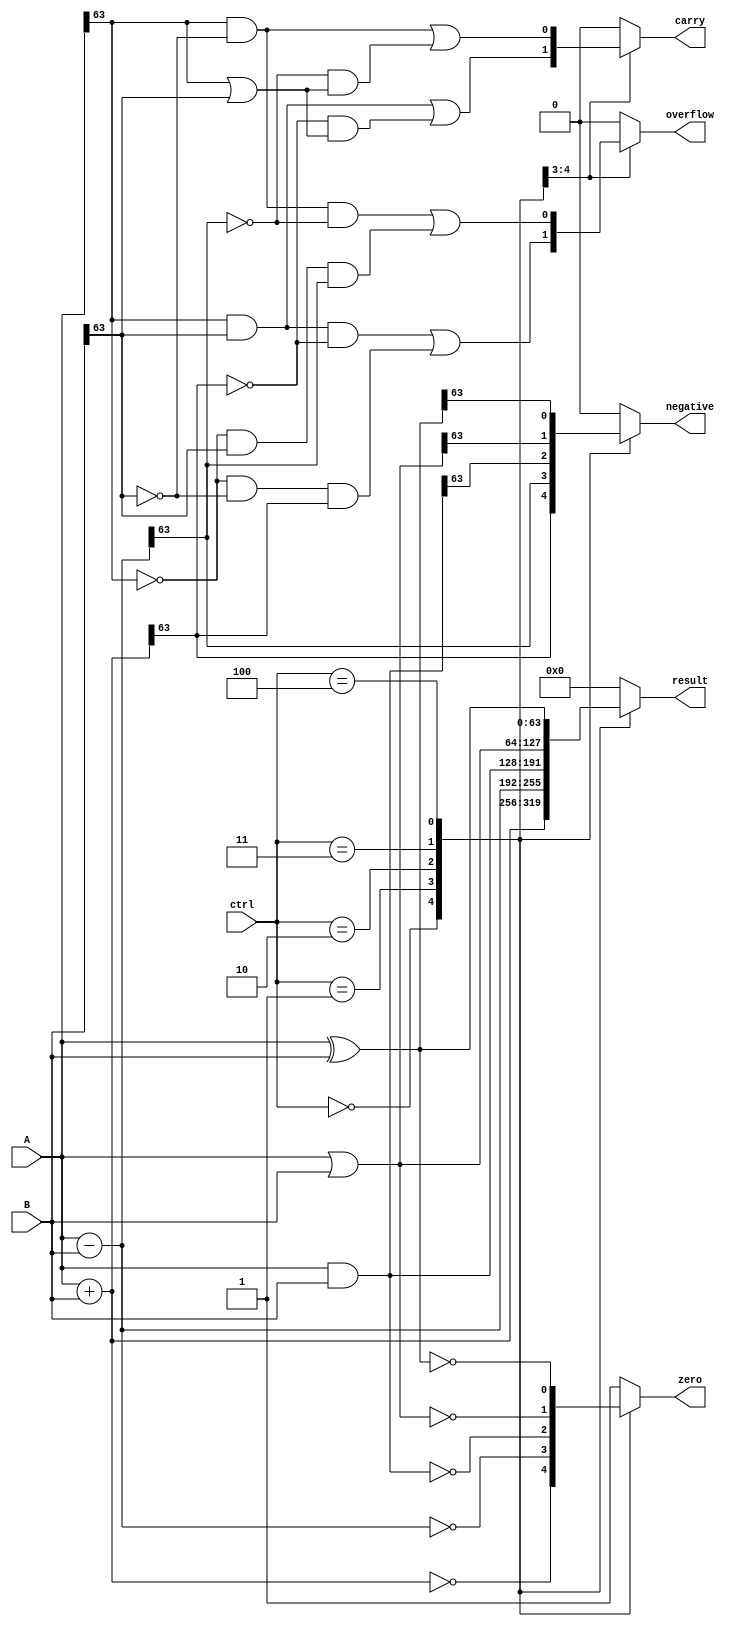
module ALU_64bit (
    input wire [63:0] A,
    input wire [63:0] B,
    input wire [2:0] ctrl,
    output reg [63:0] result,
    output reg overflow,
    output reg carry,
    output reg zero,
    output reg negative
);

always @ (*) begin
    case (ctrl)
        3'b000: // Addition
            begin
                result = A + B;
                overflow = (A[63] & B[63] & ~result[63]) | (~A[63] & ~B[63] & result[63]);
                carry = (A[63] & B[63]) | (~result[63] & (A[63] | B[63]));
                zero = (result == 64'h0);
                negative = (result[63] == 1);
            end
        3'b001: // Subtraction
            begin
                result = A - B;
                overflow = (A[63] & ~B[63] & ~result[63]) | (~A[63] & B[63] & result[63]);
                carry = (A[63] & ~B[63]) | (~result[63] & (A[63] | B[63]));
                zero = (result == 64'h0);
                negative = (result[63] == 1);
            end
        3'b010: // Bitwise AND
            begin
                result = A & B;
                overflow = 1'b0;
                carry = 1'b0;
                zero = (result == 64'h0);
                negative = (result[63] == 1);
            end
        3'b011: // Bitwise OR
            begin
                result = A | B;
                overflow = 1'b0;
                carry = 1'b0;
                zero = (result == 64'h0);
                negative = (result[63] == 1);
            end
        3'b100: // Bitwise XOR
            begin
                result = A ^ B;
                overflow = 1'b0;
                carry = 1'b0;
                zero = (result == 64'h0);
                negative = (result[63] == 1);
            end
        default: begin
            result = 64'h0;
            overflow = 1'b0;
            carry = 1'b0;
            zero = 1'b1;
            negative = 1'b0;
        end
    endcase
end

endmodule